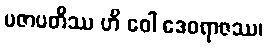
ပဇာပတိဿ ဟိ ဝေါ ဒေဝရာဇဿ၊